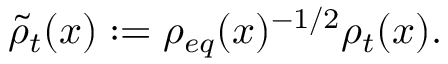
\tilde { \rho } _ { t } ( x ) : = \rho _ { e q } ( x ) ^ { - 1 / 2 } \rho _ { t } ( x ) .